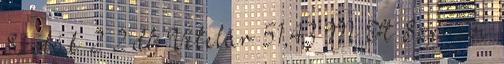
Szobák 2 2 db Vételár 51,43 M Ft Szerzői